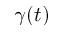
\gamma ( t )